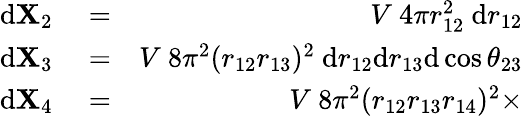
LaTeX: \begin{array}{rlr}{\mathrm{d}\mathbf{X}_{2}}&{{}=}&{V~4\pi r_{12}^{2}~\mathrm{d}r_{12}}\\ {\mathrm{d}\mathbf{X}_{3}}&{{}=}&{V~8\pi^{2}(r_{12}r_{13})^{2}~\mathrm{d}r_{12}\mathrm{d}r_{13}\mathrm{d}\cos\theta_{23}}\\ {\mathrm{d}\mathbf{X}_{4}}&{{}=}&{V~8\pi^{2}(r_{12}r_{13}r_{14})^{2}\times}\end{array}